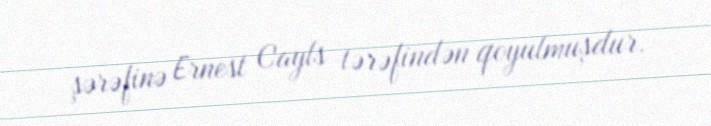
şərəfinə Ernest Cayls tərəfindən qoyulmuşdur.